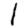
Digit: 1